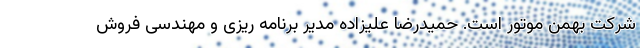
شرکت بهمن موتور است. حمیدرضا علیزاده مدیر برنامه ریزی و مهندسی فروش